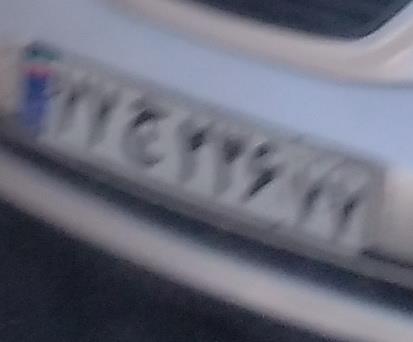
۷۷ج۲۳۶۷۷